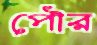
পৌর